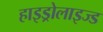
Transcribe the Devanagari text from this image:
हाइड्रोलाइज्ड